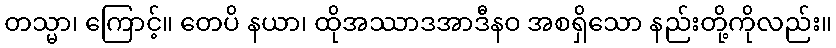
တသ္မာ၊ ကြောင့်။ တေပိ နယာ၊ ထိုအဿာဒအာဒီနဝ အစရှိသော နည်းတို့ကိုလည်း။